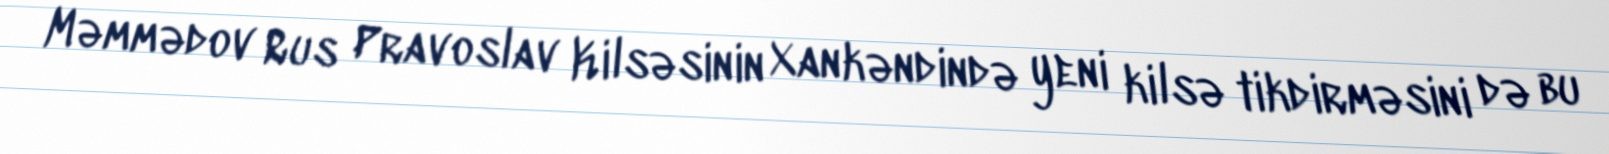
Məmmədov Rus Pravoslav Kilsəsinin Xankəndində yeni kilsə tikdirməsini də bu